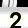
Digit: 2